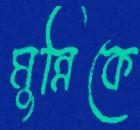
মুন্নিকে